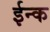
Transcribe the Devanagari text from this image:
ईन्क